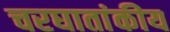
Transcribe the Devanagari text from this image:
चरघातांकीय